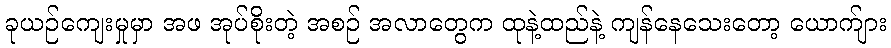
ခုယဉ်ကျေးမှုမှာ အဖ အုပ်စိုးတဲ့ အစဉ် အလာတွေက ထုနဲ့ထည်နဲ့ ကျန်နေသေးတော့ ယောက်ျား